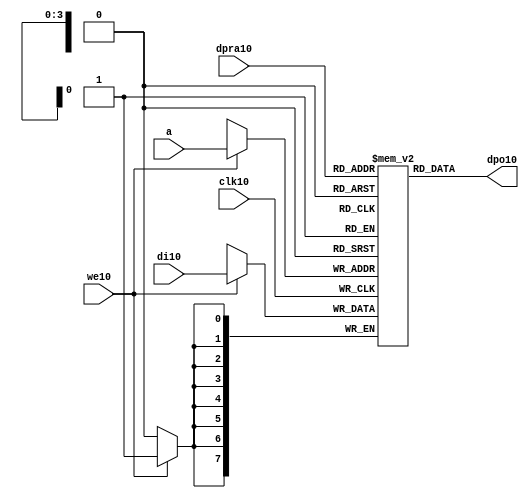
module raminfr10   
        (clk10, we10, a, dpra10, di10, dpo10); 

parameter addr_width10 = 4;
parameter data_width10 = 8;
parameter depth = 16;

input clk10;   
input we10;   
input  [addr_width10-1:0] a;   
input  [addr_width10-1:0] dpra10;   
input  [data_width10-1:0] di10;   
//output [data_width10-1:0] spo10;   
output [data_width10-1:0] dpo10;   
reg    [data_width10-1:0] ram10 [depth-1:0]; 

wire [data_width10-1:0] dpo10;
wire  [data_width10-1:0] di10;   
wire  [addr_width10-1:0] a;   
wire  [addr_width10-1:0] dpra10;   
 
  always @(posedge clk10) begin   
    if (we10)   
      ram10[a] <= di10;   
  end   
//  assign spo10 = ram10[a];   
  assign dpo10 = ram10[dpra10];   
endmodule